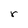
Character: r